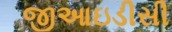
જીઆઇડીસી